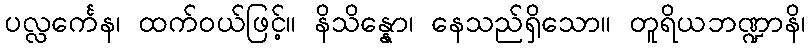
ပလ္လင်္ကေန၊ ထက်ဝယ်ဖြင့်။ နိသိန္နော၊ နေသည်ရှိသော။ တူရိယဘဏ္ဍာနိ၊